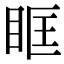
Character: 眶